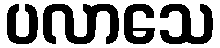
ပလာသေ